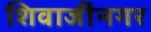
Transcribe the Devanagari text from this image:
शिवाजींनगर